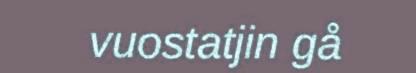
vuostatjin gå